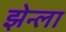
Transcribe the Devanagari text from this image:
झेन्ला